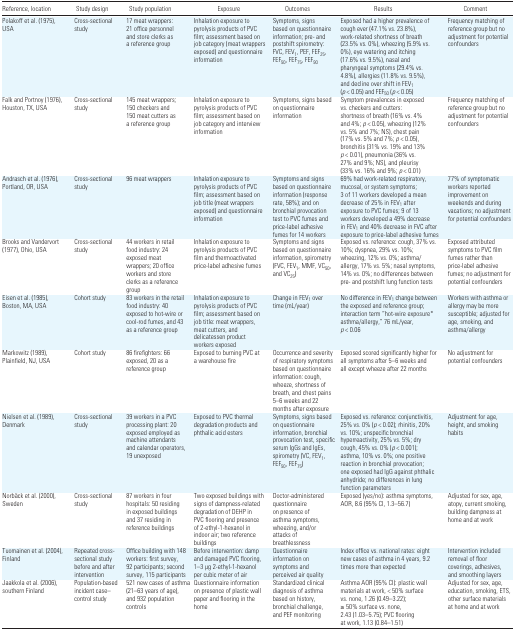
<table><thead><tr><td><b>Reference, location</b></td><td><b>Study design</b></td><td><b>Study population</b></td><td><b>Exposure</b></td><td><b>Outcomes</b></td><td><b>Results</b></td><td><b>Comment</b></td></tr></thead><tbody><tr><td>Polakoff et al. (1975), USA</td><td>Cross-sectional study</td><td>17 meat wrappers: 21 office personnel and store clerks as a reference group</td><td>Inhalation exposure to pyrolysis products of PVC film; assessment based on job category (meat wrappers exposed) and questionnaire information</td><td>Symptoms, signs based on questionnaire information; pre- and postshift spirometry: FVC, FEV<sub>1</sub>, PEF, FEF<sub>25</sub>, FEF<sub>50</sub>, FEF<sub>75</sub>, FEF<sub>90</sub></td><td>Exposed had a higher prevalence of cough ever (47.1% vs. 23.8%), work-related shortness of breath (23.5% vs. 0%), wheezing (5.9% vs. 0%), eye watering and itching (17.6% vs. 9.5%), nasal and pharyngeal symptoms (29.4% vs. 4.8%), allergies (11.8% vs. 9.5%), and decline over shift in FEV<sub>1</sub> (<i>p</i> &lt; 0.05) and FEF<sub>50</sub> (<i>p</i> &lt; 0.05)</td><td>Frequency matching of reference group but no adjustment for potential confounders</td></tr><tr><td>Falk and Portnoy (1976), Houston, TX, USA</td><td>Cross-sectional study</td><td>145 meat wrappers; 150 checkers and 150 meat cutters as a reference group</td><td>Inhalation exposure to pyrolysis products of PVC film; assessment based on job category and interview information</td><td>Symptoms, signs based on questionnaire information</td><td>Symptom prevalences in exposed vs. checkers and cutters: shortness of breath (16% vs. 4% and 4%; <i>p</i> &lt; 0.05), wheezing (12% vs. 5% and 7%; NS), chest pain (17% vs. 5% and 7%; <i>p</i> &lt; 0.05), bronchitis (31% vs. 19% and 13% <i>p</i> &lt; 0.01), pneumonia (36% vs. 27% and 9%; NS), and pleurisy (33% vs. 16% and 9%; <i>p</i> &lt; 0.01)</td><td>Frequency matching of reference group but no adjustment for potential confounders</td></tr><tr><td>Andrasch et al. (1976), Portland, OR, USA</td><td>Cross-sectional study</td><td>96 meat wrappers</td><td>Inhalation exposure to pyrolysis products of PVC film; assessment based on job title (meat wrappers exposed) and questionnaire information</td><td>Symptoms and signs based on questionnaire information (response rate, 58%); and on bronchial provocation test to PVC fumes and price-label adhesive fumes for 14 workers</td><td>69% had work-related respiratory, mucosal, or system symptoms; 3 of 11 workers developed a mean decrease of 25% in FEV<sub>1</sub> after exposure to PVC fumes; 9 of 13 workers developed a 49% decrease in FEV<sub>1</sub> and 40% decrease in FVC after exposure to price-label adhesive fumes</td><td>77% of symptomatic workers reported improvement on weekends and during vacations; no adjustment for potential confounders</td></tr><tr><td>Brooks and Vandervort (1977), Ohio, USA</td><td>Cross-sectional study</td><td>44 workers in retail food industry: 24 exposed meat wrappers; 20 office workers and store clerks as a reference group</td><td>Inhalation exposure to pyrolysis products of PVC film and thermoactivated price-label adhesive fumes</td><td>Symptoms and signs based on questionnaire information, spirometry (FVC, FEV<sub>1</sub>, MMF, VC<sub>50</sub>, and VC<sub>25</sub>)</td><td>Exposed vs. reference: cough, 37% vs. 10%; dyspnea, 29% vs. 10%; wheezing, 12% vs. 0%; asthma/ allergy, 17% vs. 5%; nasal symptoms, 14% vs. 0%; no differences between pre- and postshift lung function tests</td><td>Exposed attributed symptoms to PVC film fumes rather than price-label adhesive fumes; no adjustment for potential confounders</td></tr><tr><td>Eisen et al. (1985), Boston, MA, USA</td><td>Cohort study</td><td>83 workers in the retail food industry: 40 exposed to hot-wire or cool-rod fumes, and 43 as a reference group</td><td>Inhalation exposure to pyrolysis products of PVC film; assessment based on job title: meat wrappers, meat cutters, and delicatessen product workers exposed</td><td>Change in FEV<sub>1</sub> over time (mL/year)</td><td>No difference in FEV<sub>1</sub> change between the exposed and reference group; interaction term “hot-wire exposure* asthma/allergy,” 76 mL/year, <i>p</i> &lt; 0.06</td><td>Workers with asthma or allergy may be more susceptible; adjusted for age, smoking, and asthma/allergy</td></tr><tr><td>Markowitz (1989), Plainfield, NJ, USA</td><td>Cohort study</td><td>86 firefighters: 66 exposed, 20 as a reference group</td><td>Exposed to burning PVC at a warehouse fire</td><td>Occurrence and severity of respiratory symptoms based on questionnaire information: cough, wheeze, shortness of breath, and chest pains 5–6 weeks and 22 months after exposure</td><td>Exposed scored significantly higher for all symptoms after 5–6 weeks and all except wheeze after 22 months</td><td>No adjustment for potential confounders</td></tr><tr><td>Nielsen et al. (1989), Denmark</td><td>Cross-sectional study</td><td>39 workers in a PVC processing plant: 20 exposed employed as machine attendants and calendar operators, 19 unexposed</td><td>Exposed to PVC thermal degradation products and phthalic acid esters</td><td>Symptoms, signs based on questionnaire information, bronchial provocation test, specific serum IgGs and IgEs, spirometry (VC, FEV<sub>1</sub>, FEF<sub>50</sub>, FEF<sub>75</sub>)</td><td>Exposed vs. reference: conjunctivitis, 25% vs. 0% (<i>p</i> &lt; 0.02); rhinitis, 20% vs. 10%; unspecific bronchial hyperreactivity, 25% vs. 5%; dry cough, 45% vs. 0% (<i>p</i> &lt; 0.001); asthma, 10% vs. 0%; one positive reaction in bronchial provocation; one exposed had IgG against phthalic anhydride; no differences in lung function parameters</td><td>Adjustment for age, height, and smoking habits</td></tr><tr><td>Norbäck et al. (2000), Sweden</td><td>Cross-sectional study</td><td>87 workers in four hospitals: 50 residing in exposed buildings and 37 residing in reference buildings</td><td>Two exposed buildings with signs of dampness-related degradation of DEHP in PVC flooring and presence of 2-ethyl-1-hexanol in indoor air; two reference buildings</td><td>Doctor-administered questionnaire on presence of asthma symptoms, wheezing, and/or attacks of breathlessness</td><td>Exposed (yes/no): asthma symptoms, AOR, 8.6 (95% CI, 1.3–56.7)</td><td>Adjusted for sex, age, atopy, current smoking, building dampness at home and at work</td></tr><tr><td>Tuomainen et al. (2004), Finland</td><td>Repeated cross- sectional study before and after intervention</td><td>Office building with 148 workers: first survey, 92 participants; second survey, 115 participants</td><td>Before intervention: damp and damaged PVC flooring, 1–3 μg 2-ethyl-1-hexanol per cubic meter of air</td><td>Questionnaire information on symptoms and perceived air quality</td><td>Index office vs. national rates: eight new cases of asthma in 4 years, 9.2 times more than expected</td><td>Intervention included removal of floor coverings, adhesives, and smoothing layers</td></tr><tr><td>Jaakkola et al. (2006), southern Finland</td><td>Population-based incident case– control study</td><td>521 new cases of asthma (21–63 years of age), and 932 population controls</td><td>Questionnaire information on presence of plastic wall paper and flooring in the home</td><td>Standardized clinical diagnosis of asthma based on history, bronchial challenge, and PEF monitoring</td><td>Asthma AOR (95% CI): plastic wall materials at work, &lt; 50% surface vs. none, 1.26 (0.49–3.22); ≥ 50% surface vs. none, 2.43 (1.03–5.75); PVC flooring at work, 1.13 (0.84–1.51)</td><td>Adjusted for sex, age, education, smoking, ETS, other surface materials at home and at work</td></tr></tbody></table>